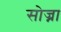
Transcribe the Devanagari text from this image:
सोज्ना